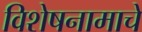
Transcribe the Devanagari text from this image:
विशेषनामाचे